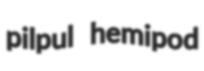
pilpul hemipod